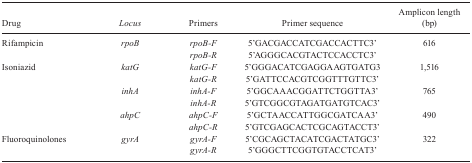
<table><thead><tr><td><b>Drug</b></td><td><b><i>Locus</i></b></td><td><b>Primers</b></td><td><b>Primer sequence</b></td><td><b>Amplicon length(bp)</b></td></tr></thead><tbody><tr><td rowspan="2">Rifampicin</td><td rowspan="2"><i>rpoB</i></td><td><i>rpoB-F</i></td><td>5’GACGACCATCGACCACTTC3’</td><td rowspan="2">616</td></tr><tr><td><i>rpoB-R</i></td><td>5’AGGGCACGTACTCCACCTC3’</td></tr><tr><td rowspan="6">Isoniazid</td><td rowspan="2"><i>katG</i></td><td><i>katG-F</i></td><td>5’GGGACATCGAGGAAGTGATG3</td><td rowspan="2">1,516</td></tr><tr><td><i>katG-R</i></td><td>5’GATTCCACGTCGGTTTGTTC3’</td></tr><tr><td rowspan="2"><i>inhA</i></td><td><i>inhA-F</i></td><td>5’GGCAAACGGATTCTGGTTA3’</td><td rowspan="2">765</td></tr><tr><td><i>inhA-R</i></td><td>5’GTCGGCGTAGATGATGTCAC3’</td></tr><tr><td rowspan="2"><i>ahpC</i></td><td><i>ahpC-F</i></td><td>5’GCTAACCATTGGCGATCAA3’</td><td rowspan="2">490</td></tr><tr><td><i>ahpC-R</i></td><td>5’GTCGAGCACTCGCAGTACCT3’</td></tr><tr><td rowspan="2">Fluoroquinolones</td><td rowspan="2"><i>gyrA</i></td><td><i>gyrA-F</i></td><td>5’CGCAGCTACATCGACTATGC3’</td><td rowspan="2">322</td></tr><tr><td><i>gyrA-R</i></td><td>5’GGGCTTCGGTGTACCTCAT3’</td></tr></tbody></table>